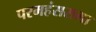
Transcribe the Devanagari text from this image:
परमहंससभा